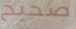
صحيح